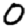
Digit: 0